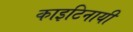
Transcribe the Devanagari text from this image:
काइटिनायी